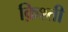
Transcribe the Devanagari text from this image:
क़िश्ती